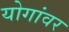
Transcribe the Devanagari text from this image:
योगांवर